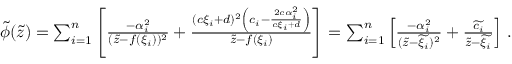
\begin{array} { r } { \widetilde { \phi } ( \widetilde { z } ) = \sum _ { i = 1 } ^ { n } \left[ { \frac { - \alpha _ { i } ^ { 2 } } { ( \widetilde { z } - f ( \xi _ { i } ) ) ^ { 2 } } } + { \frac { ( c \xi _ { i } + d ) ^ { 2 } \left( c _ { i } - { \frac { 2 c \alpha _ { i } ^ { 2 } } { c \xi _ { i } + d } } \right) } { \widetilde { z } - f ( \xi _ { i } ) } } \right] = \sum _ { i = 1 } ^ { n } \left[ { \frac { - \alpha _ { i } ^ { 2 } } { ( \widetilde { z } - \widetilde { \xi _ { i } } ) ^ { 2 } } } + { \frac { \widetilde { c _ { i } } } { \widetilde { z } - \widetilde { \xi _ { i } } } } \right] \, . } \end{array}